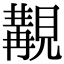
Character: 覯